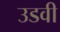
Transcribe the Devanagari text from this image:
उडवी